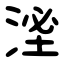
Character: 㳴